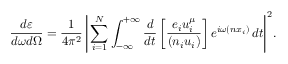
\frac { d \varepsilon } { d \omega d \Omega } = \frac { 1 } { 4 \pi ^ { 2 } } \, \Bigg | \sum _ { i = 1 } ^ { N } \int _ { - \infty } ^ { + \infty } \frac { d } { d t } \left[ \frac { e _ { i } u _ { i } ^ { \mu } } { ( n _ { i } u _ { i } ) } \right] e ^ { i \omega ( n x _ { i } ) } \, d t \Bigg | ^ { 2 } .